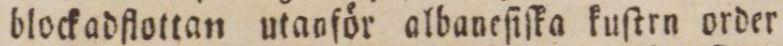
blockadflottan utanför albaneſiſka kuſtrn order